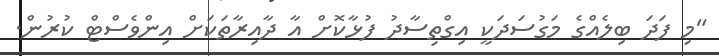
"މި ފަދަ ބިލެއްގެ މަގުސަދަކީ އިގްތިސާދު ފުޅާކޮށް އާ ދާއިރާތަކަށް އިންވެސްޓް ކުރުން.